Vaccination in Bombay 1874-1876 - 1874-1876
Year: 1874
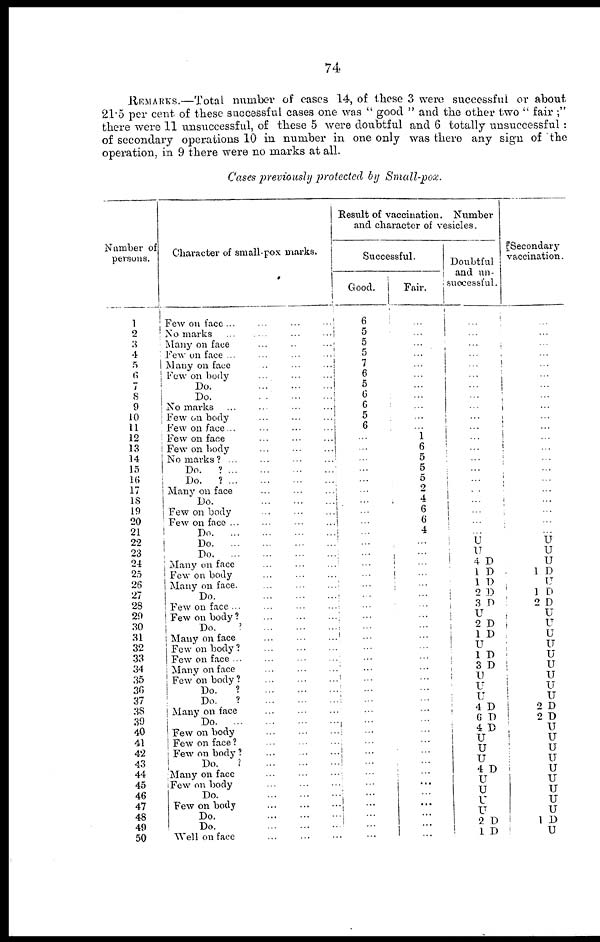
74
REMARKS.—Total number of cases 14, of these 3 were successful or about
21.5 per cent of these successful cases one was " good " and the other two " fair ;"
there were 11 unsuccessful, of these 5 were doubtful and 6 totally unsuccessful :
of secondary operations 10 in number in one only was there any sign of the
operation, in 9 there were no marks at all.
Cases previously protected by Small-pox.
Number of
persons.
1
2
3
4
5
6
7
8
9
10
11
12
13
14
15
16
17
18
19
20
21
22
23
24
25
26
27
28
29
30
31
32
33
34
35
36
37
38
39
40
41
42
43
44
45
46
47
48
49
50
Character of small-pox marks.
Few on face ...
...
...
...
No marks ...
...
...
...
Many on face ... ... ... ...
Few on face ...
...
...
...
Many on face
...
...
...
Few on body
...
...
...
Do.
...
...
...
Do.
...
...
...
No marks ...
...
...
...
Few on body
...
...
...
Few on face... ... ... ...
Few on face
...
...
...
Few on body
...
...
...
No marks ? ...
...
...
...
Do.
? ... ... ... ...
Do.
? ... ... ... ...
Many on face
...
...
...
Do.
...
...
...
Few on body ... ... ...
Few on face ... ... ...
Do
...
...
...
Do
...
...
...
Do
...
...
...
Many on face ... ... ...
Few on body ... ... ...
Many on face. ... ... ...
Do.
...
...
...
Few on face ... ... ...
Few on body ? ... ... ...
Do.
?
...
...
...
Many on face ... ... ...
Few on body
...
...
...
Few on face ... ... ...
Many on face ... ... ...
Few on body? ... ... ...
Do.
?
...
...
...
Do.
?
...
...
...
Many on face ... ... ...
Do
...
...
...
Few on body
...
...
...
Few on face ? ... ... ...
Few on body ? ... ... ...
Do.
?
...
...
...
Many on face ... ... ...
Few on body ... ... ...
Do.
...
...
...
Few on body
...
Do.
...
...
...
Do.
...
...
...
Well on face ... ... ...
Result of vaccination. Number
and character of vesicles.
Successful.
Good.
6
5
5
5
7
6
5
6
6
5
6
...
...
...
...
...
...
...
...
...
...
...
...
...
...
...
...
...
...
...
...
...
...
...
...
...
...
...
...
...
...
...
...
...
...
...
...
...
...
...
Fair.
...
1
...
...
...
...
...
...
...
...
...
1
6
5
5
5
2
4
6
6
4
...
...
...
...
...
...
...
...
...
...
...
...
...
...
...
...
...
...
...
...
...
...
...
...
...
...
...
...
...
Doubtful
and un-
successful.
...
...
...
...
...
...
...
...
...
...
...
...
...
...
...
...
...
...
...
...
...
U
U
4 D
1 D
1 D
2 D
3 D
U 2 D
1 D
U 1 D
3 D
U
U
U
4 D
6 D
4 D
U
U
U 4 D
U
U
U
U
2 D
1 D
Secondary
vaccination
...
...
...
...
...
...
...
...
...
...
...
...
...
...
...
...
...
...
...
...
...
U
U
U
1 D
U
1 D
2 D
U
U Ü
U
U
U
U
U
U
2 D
2 D
U
U
U
U
U
U
U
U
U
1 D
U